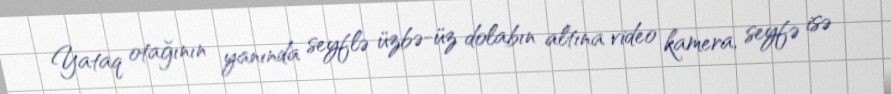
Yataq otağının yanında seyflə üzbə-üz dolabın altına video kamera, seyfə isə